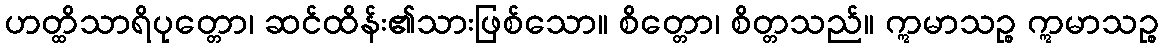
ဟတ္ထိသာရိပုတ္တော၊ ဆင်ထိန်း၏သားဖြစ်သော။ စိတ္တော၊ စိတ္တသည်။ ဣမာသဉ္စ ဣမာသဉ္စ